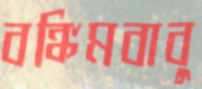
বঙ্কিমবাবু